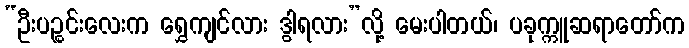
“ဦးပဉ္စင်းလေးက ရွှေကျင်လား ဒွါရလား”လို့ မေးပါတယ်၊ ပခုက္ကူဆရာတော်က